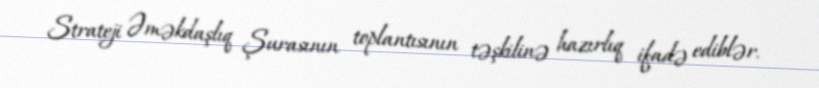
Strateji Əməkdaşlıq Şurasının toplantısının təşkilinə hazırlıq ifadə ediblər.